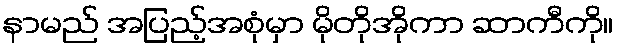
နာမည် အပြည့်အစုံမှာ မိုတိုအိုကာ ဆာကီကို။